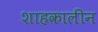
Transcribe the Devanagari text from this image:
शाहकालीन